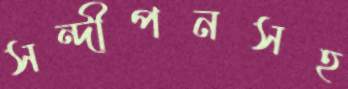
সন্দীপনসহ